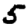
Digit: 5